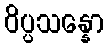
ဝိပ္ပသန္နော